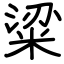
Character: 粱